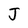
Character: J